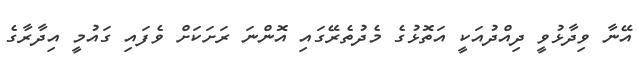
އޭނާ ވިދާޅުވީ ދިއްދުއަކީ އަތޮޅުގެ މެދުތެރޭގައި އޮންނަ ރަށަކަށް ވެފައި ގައުމީ އިދާރާގެ